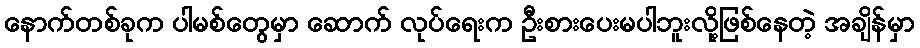
နောက်တစ်ခုက ပါမစ်တွေမှာ ဆောက် လုပ်ရေးက ဦးစားပေးမပါဘူးလို့ဖြစ်နေတဲ့ အချိန်မှာ